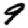
Digit: 9